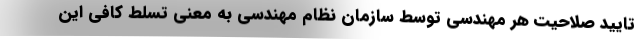
تایید صلاحیت هر مهندسی توسط سازمان نظام مهندسی به معنی تسلط کافی این